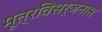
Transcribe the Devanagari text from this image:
मूत्रविसर्जनास